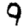
Digit: 9